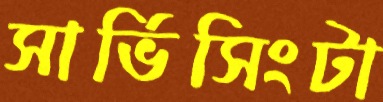
সার্ভিসিংটা